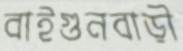
বাইগুনবাড়ী